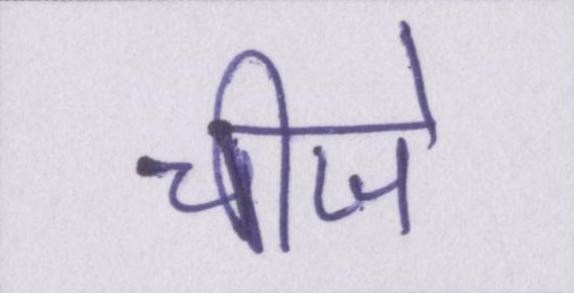
चीजे